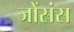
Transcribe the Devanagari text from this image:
जोंसंस